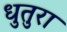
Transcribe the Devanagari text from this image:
धुतुरा